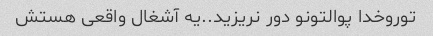
توروخدا پوالتونو دور نریزید..یه آشغال واقعی هستش